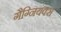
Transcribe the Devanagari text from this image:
गैग्नियक्स